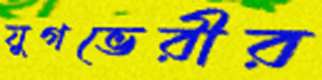
যুগভেরীর